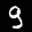
Label: 9